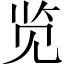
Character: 览